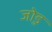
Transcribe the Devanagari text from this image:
जो़ड़